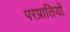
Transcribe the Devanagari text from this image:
परप्रातियों